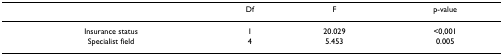
<table><thead><tr><td></td><td><b>Df</b></td><td><b>F</b></td><td><b>p-value</b></td></tr></thead><tbody><tr><td>Insurance status</td><td>1</td><td>20.029</td><td>&lt;0,001</td></tr><tr><td>Specialist field</td><td>4</td><td>5.453</td><td>0.005</td></tr></tbody></table>